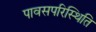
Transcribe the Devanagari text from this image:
पावसपरिस्थिति